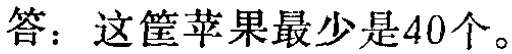
答：这筐苹果最少是40个。